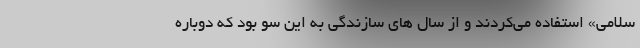
سلامی» استفاده می‌کردند و از سال های سازندگی به این سو بود که دوباره